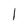
Character: l